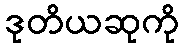
ဒုတိယဆုကို